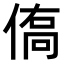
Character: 𬾿